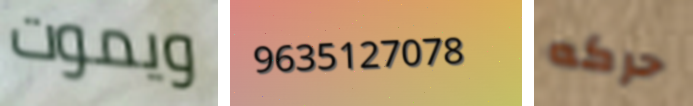
ويموت 9635127078 حركه